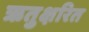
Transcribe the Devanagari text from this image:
ऋतुक्षरित